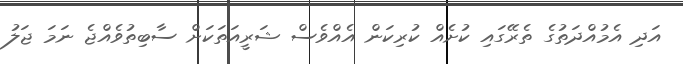
އަދި އެމުއްދަތުގެ ތެރޭގައި ކުށެއް ކުރިކަން އެއްވެސް ޝަރީއަތަކަށް ސާބިތުވެއްޖެ ނަމަ ޖަލު